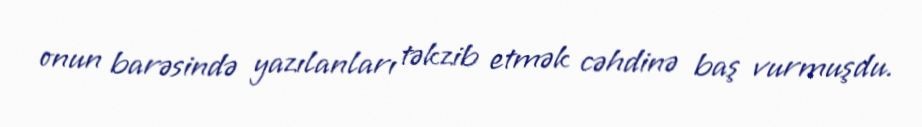
onun barəsində yazılanları təkzib etmək cəhdinə baş vurmuşdu.